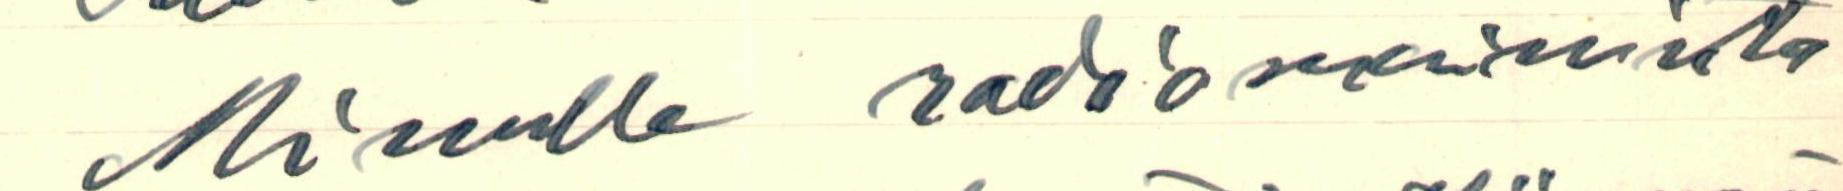
Minulle radiomaininta